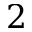
2